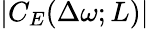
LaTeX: |C_{E}(\Delta\omega;L)|